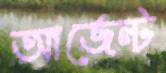
আর্জেন্ট